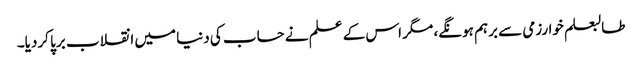
طالبعلم خوارزمی سے برہم ہونگے، مگر اس کے علم نے حساب کی دنیا میں انقلاب برپا کردیا۔